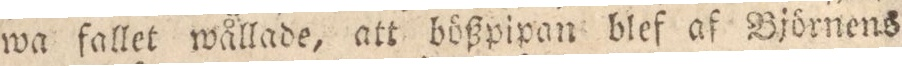
wa fallet wållade, att bößpipan blef af Björnens